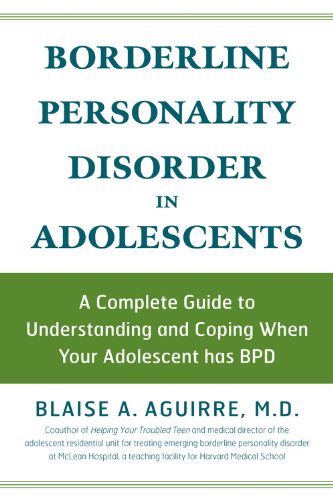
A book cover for Borderline Personality Disorder in Adolescents: A Complete Guide to Understanding and Coping When Your Adolescent Has BPD; Blaise A Aguirre; Health, Fitness & Dieting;